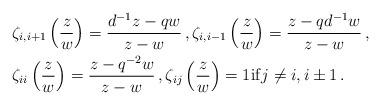
LaTeX: \begin{align*} & \zeta_{i,i+1}\left(\frac{z}{w}\right)=\frac{d^{-1}z-qw}{z-w} \,, \zeta_{i,i-1}\left(\frac{z}{w}\right)=\frac{z-qd^{-1}w}{z-w} \,, \\ & \zeta_{ii}\left(\frac{z}{w}\right)=\frac{z-q^{-2}w}{z-w} \,, \zeta_{ij}\left(\frac{z}{w}\right)=1 \mathrm{if} j\ne i,i\pm 1 \,.\end{align*}